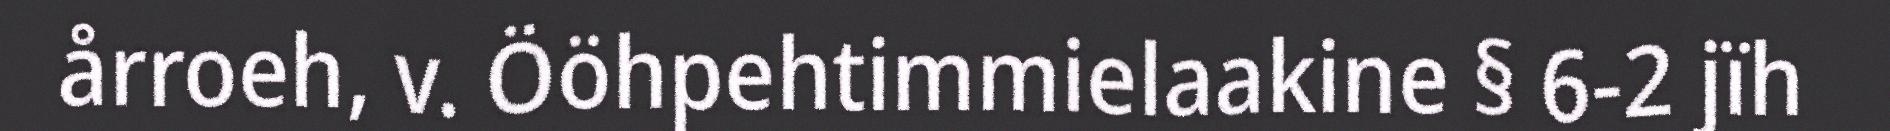
årroeh, v. Ööhpehtimmielaakine § 6-2 jïh